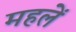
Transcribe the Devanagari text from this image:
महलें